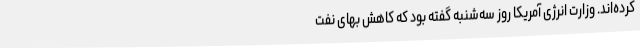
کرده‌اند. وزارت انرژی آمریکا روز سه‌شنبه گفته بود که کاهش بهای نفت